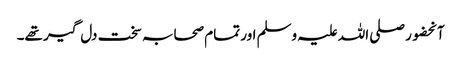
آنحضور صلی اللہ علیہ وسلم اور تمام صحابہ سخت دل گیر تھے۔